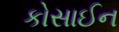
કોસાઈન